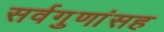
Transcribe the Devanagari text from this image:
सर्वगुणांसह